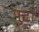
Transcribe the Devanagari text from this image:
पुर्टो